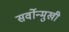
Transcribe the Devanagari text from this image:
सर्वोन्मुखी